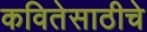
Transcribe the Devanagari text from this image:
कवितेसाठीचे